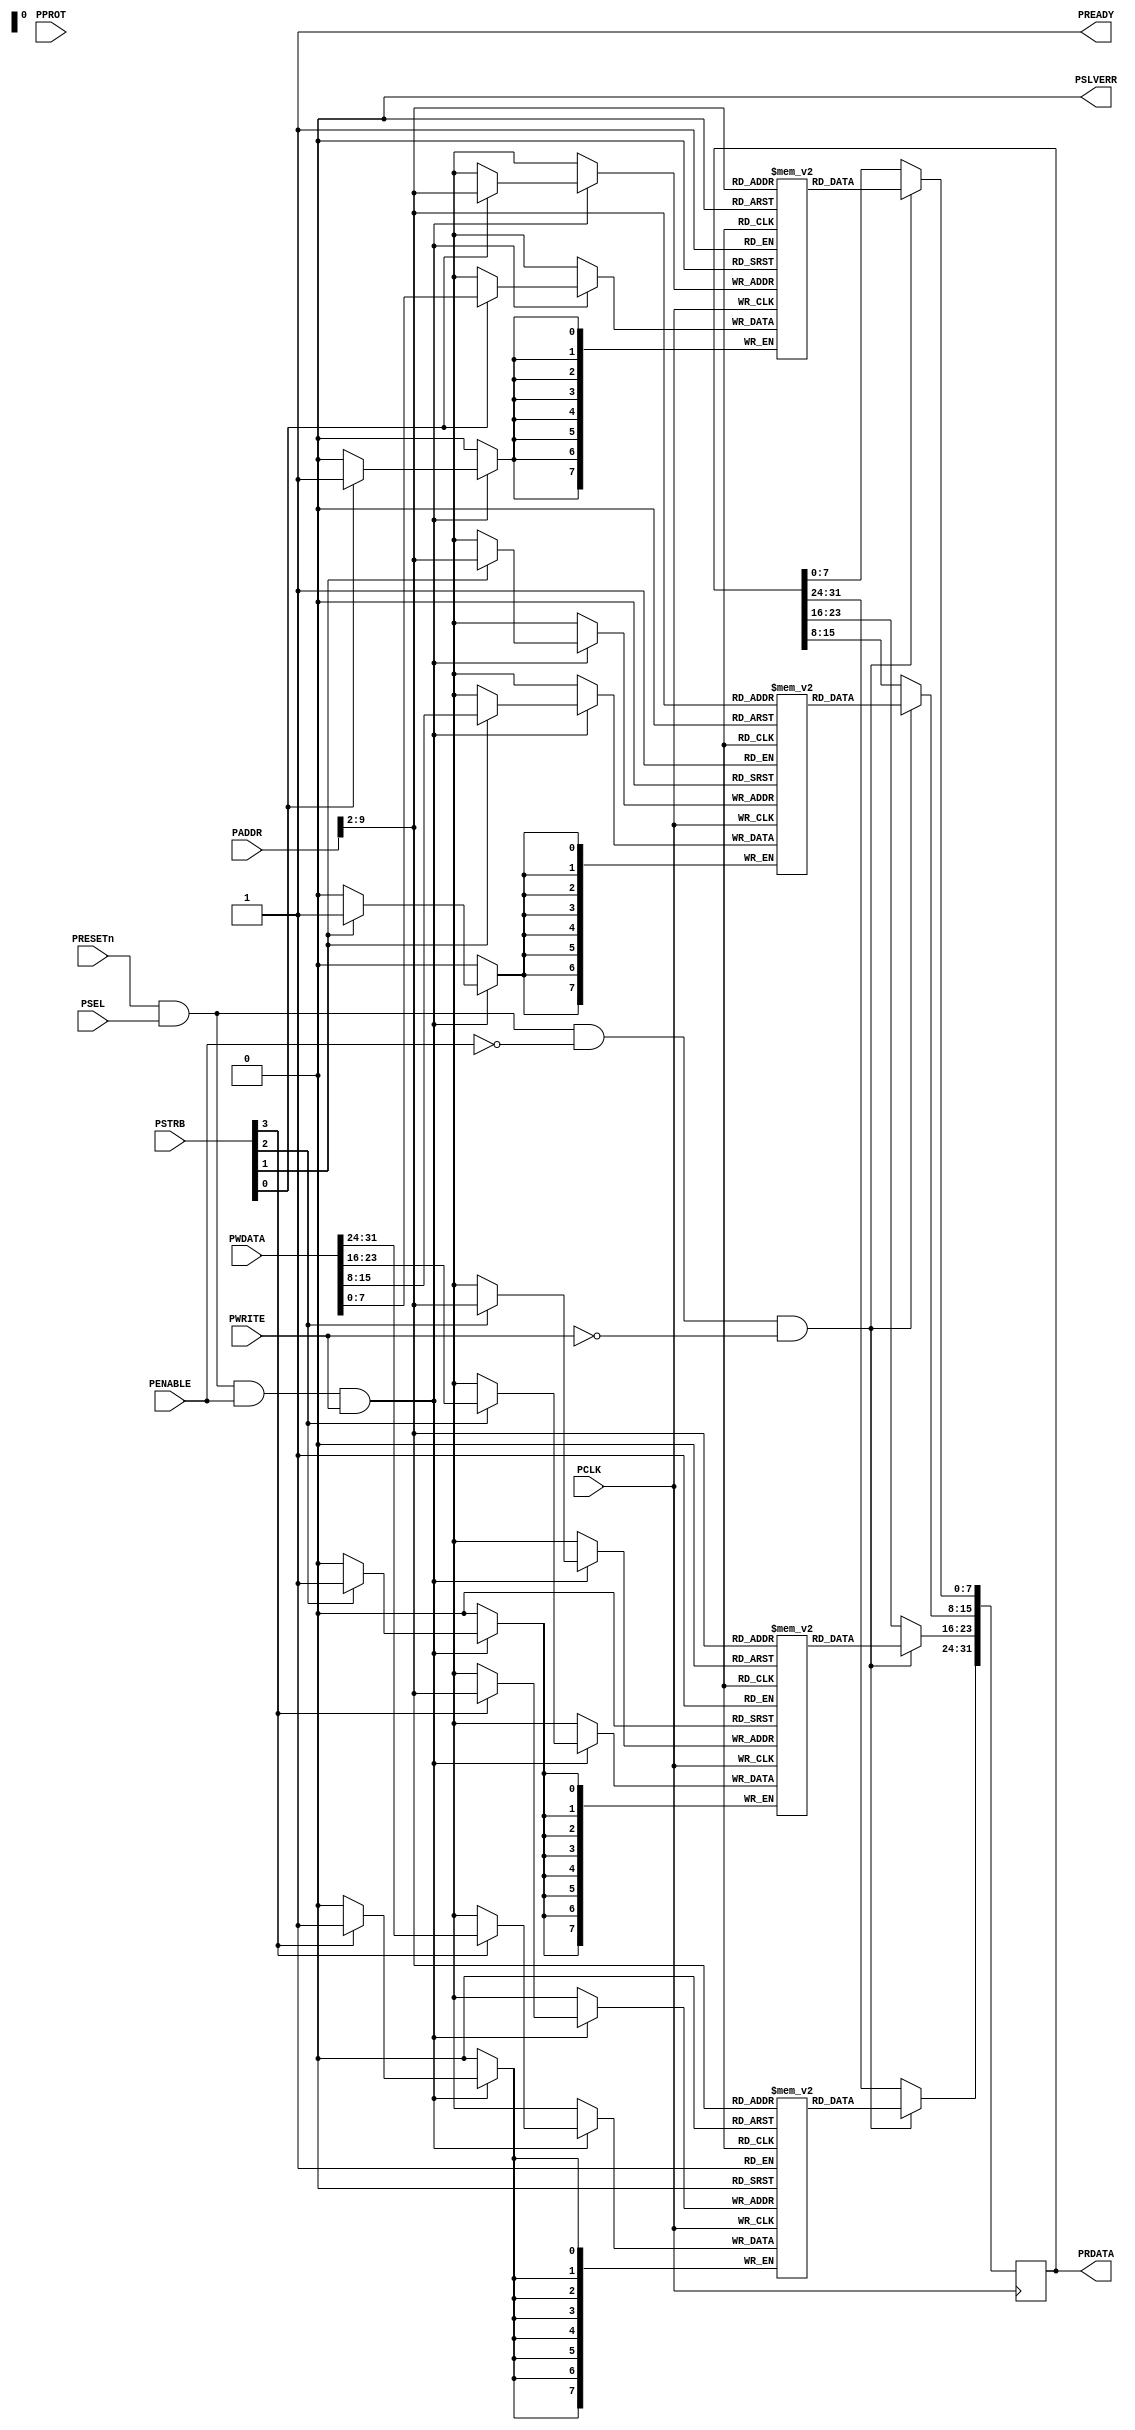
//------------------------------------------------------------------------------
// Key Words                :
// Modification History     :
//      Date        By        Version        Change Description
//      2022-04-28  TG        1.0            original
//
// Editor                   : VSCode, Tab Size(4)
// Description              : Simplified memory with AMBA APB.
//
//------------------------------------------------------------------------------
`timescale 1ns / 1ps

`define AMBA_APB3
`define AMBA_APB4

module apb_mem #(
    parameter                   P_SLV_ID = 0,
    parameter                   ADDRWIDTH = 32,
    parameter                   P_SIZE_IN_BYTES = 1024, // memory depth
    parameter                   P_DELAY = 0 // reponse delay
    // P_DELAY
    //count <= count + 1; //
    //if (count >= P_DELAY)
)  
(

    //Functional
    //1. a simple memory store, with strobe
    //2. with periodic delays ready
    //3. optional amba3 and amba4 protocols

    
    //----------------------------------
    // IO Declarations
    //----------------------------------
`ifdef AMBA_APB3
    output wire                 PREADY,
    output wire                 PSLVERR,
`endif          

`ifdef AMBA_APB4            
    input  wire [2:0]           PPROT,
    input  wire [3:0]           PSTRB,
`endif          

    input  wire                 PRESETn,
    input  wire                 PCLK,
    input  wire                 PSEL,
    input  wire                 PENABLE,
    input  wire [ADDRWIDTH-1:0] PADDR,
    input  wire                 PWRITE,
    output reg  [31:0]          PRDATA = 32'h0,
    input  wire [31:0]          PWDATA
);

    //----------------------------------
    // Local Parameter Declarations
    //----------------------------------
    localparam                  DEPTH = (P_SIZE_IN_BYTES+3)/4;
    localparam                  AW = logb2(P_SIZE_IN_BYTES); //AW is log2N

    //----------------------------------
    // Variable Declarations
    //----------------------------------
`ifndef AMBA_APB3
    wire                        PREADY;
`else
    assign                      PSLVERR = 1'b0;
`endif

`ifndef AMBA_APB4               //if AMBA_APB4 is not defined, the default byte select pass is fully open
    wire [3:0]                  PSTRB = 4'hF;
`endif

    reg [7:0]                   mem0[0:DEPTH-1];
    reg [7:0]                   mem1[0:DEPTH-1];
    reg [7:0]                   mem2[0:DEPTH-1];
    reg [7:0]                   mem3[0:DEPTH-1];

    wire [AW-3:0]               TA = PADDR[AW-1:2];

    //----------------------------------
    // Start of Main Code
    //----------------------------------
    //--------------------------------------------------------------------------
    // write transfer
    //             ____      ____      ____
    // PCLK    ___|    |____|    |____|    |_
    //         ____ ___________________ _____
    // PADDR   ____X__A________________X_____
    //         ____ ___________________ _____
    // PWDATA  ____X__DW_______________X_____
    //              ___________________
    // PWRITE  ____|                   |_____
    //              ___________________
    // PSEL    ____|                   |_____
    //                        _________
    // PENABLE ______________|         |_____
    //--------------------------------------------------------------------------
    always @(posedge PCLK) 
    begin
        if (PRESETn & PSEL & PENABLE & PWRITE & PREADY) begin
            if (PSTRB[0]) 
                mem0[TA] <= PWDATA[ 7: 0];
            if (PSTRB[1]) 
                mem1[TA] <= PWDATA[15: 8];
            if (PSTRB[2]) 
                mem2[TA] <= PWDATA[23:16];
            if (PSTRB[3]) 
                mem3[TA] <= PWDATA[31:24];
        end
    end

    //--------------------------------------------------------------------------
    // read
    //             ____      ____      ____
    // PCLK    ___|    |____|    |____|    |_
    //         ____ ___________________ _____
    // PADDR   ____X__A________________X_____
    //         ____           _________ _____
    // PRDATA  ____XXXXXXXXXXX__DR_____X_____
    //         ____                     _____
    // PWRITE  ____|___________________|_____
    //              ___________________
    // PSEL    ____|                   |_____
    //                        _________
    // PENABLE ______________|         |_____
    //--------------------------------------------------------------------------
    always @(posedge PCLK)
    begin
        if (PRESETn & PSEL & ~PENABLE & ~PWRITE) begin
            //read operation are not controlled by the write selector signal
            PRDATA[ 7: 0] <= mem0[TA];
            PRDATA[15: 8] <= mem1[TA];
            PRDATA[23:16] <= mem2[TA];
            PRDATA[31:24] <= mem3[TA];
        end
    end
    

    //generate ready with delay
`ifdef AMBA_APB3
    localparam                  ST_IDLE = 'h0,
                                ST_CNT  = 'h1,
                                ST_WAIT = 'h2;

    reg [7:0]                   count;
    reg                         ready;

    reg [1:0]                   state=ST_IDLE;

    //PREADY
    //
    assign PREADY = (P_DELAY == 0) ? 1'b1 : ready;

    always @(posedge PCLK or negedge PRESETn) 
    begin
        if (PRESETn == 1'b0) begin
            count <= 'h0;
            ready <= 'b1;
            state <= ST_IDLE;
        end else begin
            case (state)
                ST_IDLE : begin
                    if (PSEL && (P_DELAY > 0)) begin
                        ready <= 1'b0;
                        count <= 'h1;
                        state <= ST_CNT;
                    end 
                    else begin
                        ready <= 1'b1;
                    end
                end // ST_IDLE
                // when P_DELAY is 1, ready is 0 for one cycle

                ST_CNT : begin
                    count <= count + 1;
                    if (count >= P_DELAY) begin
                        count <= 'h0;
                        ready <= 1'b1;
                        state <= ST_WAIT;
                    end
                end // ST_CNT

                ST_WAIT : begin
                    ready <= 1'b1;
                    state <= ST_IDLE;
                end // ST_WAIT
                
                default : begin
                    ready <= 1'b1;
                    state <= ST_IDLE;
                end
            endcase
        end // if
    end // always
`else
    assign PREADY = 1'b1;
`endif

    // Calculate log-base2
// calculate the exponent of 2 for a number
    function integer logb2;
        input [31:0]            value;
        reg   [31:0]            tmp;
    begin
        tmp = value - 1;        //1023
        //1111_1111_11
        for (logb2 = 0; tmp > 0; logb2 = logb2 + 1) 
            tmp = tmp >> 1;
    end
    endfunction
    //return name is funtion name 

    // synopsys translate_off
`ifdef RIGOR
    always @(posedge PCLK or negedge PRESETn) 
    begin
        if (PRESETn == 1'b0) begin
        end 
        else begin
            if (PSEL & PENABLE) begin
                if (TA >= DEPTH) 
                    $display($time,,"%m: ERROR: out-of-bound 0x%x", PADDR);
            end
        end
    end
`endif
    // synopsys translate_on

endmodule